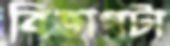
বিভাগটা